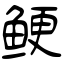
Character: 鲠